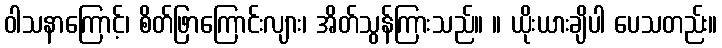
ဝါသနာကြောင့်၊ စိတ်ဖြာကြောင်းလျား၊ အိတ်သွန်ကြားသည်။ ။ ယိုးယားချိပါ ပေသတည်း။